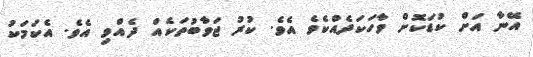
އޭނާ އަށް ކުޑަކޮށް ވާހަކަދެއްކެވެ އެވެ. ކުރު ޖަވާބުތަކެއް ދެއްވި އެވެ. އެކަމަކު